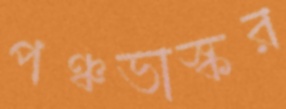
পঞ্চভাস্কর